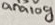
Text: analog